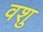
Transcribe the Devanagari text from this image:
वशु